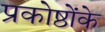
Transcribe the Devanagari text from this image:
प्रकोष्ठोंके